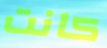
كانت